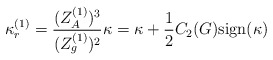
\begin{align*}\kappa_r^{(1)} = \frac{(Z_A^{(1)})^3}{(Z_g^{(1)})^2} \kappa = \kappa + \frac{1}{2}C_2(G){\rm sign}(\kappa)\end{align*}